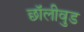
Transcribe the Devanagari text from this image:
छॉलीवुड